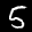
Label: 5